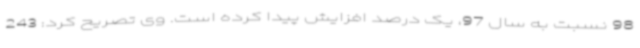
98 نسبت به سال 97، یک درصد افزایش پیدا کرده است. وی تصریح کرد: 243